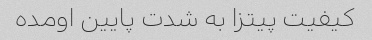
کیفیت پیتزا به شدت پایین اومده